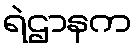
ရဲဌာနက